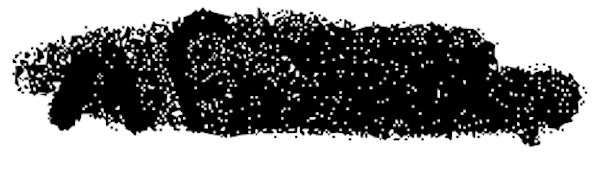
Text: Africa,
Cross-out: scratch
Writing tool: digital_black